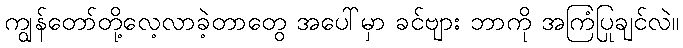
ကျွန်တော်တို့လေ့လာခဲ့တာတွေ အပေါ်မှာ ခင်ဗျား ဘာကို အကြံပြုချင်လဲ။